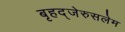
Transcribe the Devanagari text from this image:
बृहद्‌जेरुसलेम